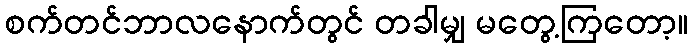
စက်တင်ဘာလနောက်တွင် တခါမျှ မတွေ့ကြတော့။